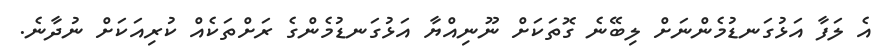
އެ ލަފާ އަޅުގަނޑުމެންނަށް ލިބޭނެ ގޮތަކަށް ނޫނިއްޔާ އަޅުގަނޑުމެންގެ ރަށްތަކެއް ކުރިއަކަށް ނުދާނެ.